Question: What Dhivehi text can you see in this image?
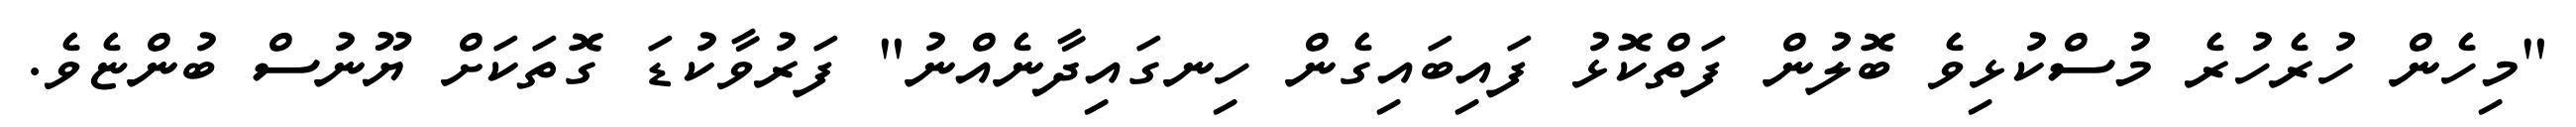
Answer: "މިހެން ހުރެހުރެ މުސްކުޅިވެ ބޮލުން ފަތްކޮޅު ފައިބައިގެން ހިނގައިދާނެއްނު" ފަރުވާކުޑަ ގޮތަކަށް ޔޫނުސް ބުންޏެވެ.